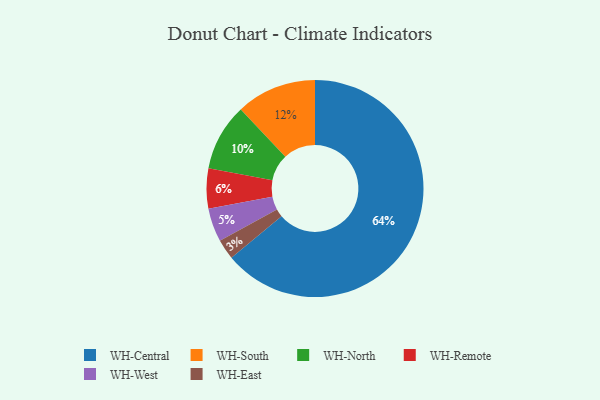
{"axis": {"x": "Category", "y": "Percentage"}, "legend": ["WH-Central", "WH-East", "WH-North", "WH-Remote", "WH-South", "WH-West"], "data": [{"x": "WH-Central", "y": 64, "type": "WH-Central"}, {"x": "WH-Remote", "y": 6, "type": "WH-Remote"}, {"x": "WH-North", "y": 10, "type": "WH-North"}, {"x": "WH-West", "y": 5, "type": "WH-West"}, {"x": "WH-South", "y": 12, "type": "WH-South"}, {"x": "WH-East", "y": 3, "type": "WH-East"}]}